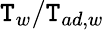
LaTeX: \mathtt{T}_{w}/\mathtt{T}_{ad,w}